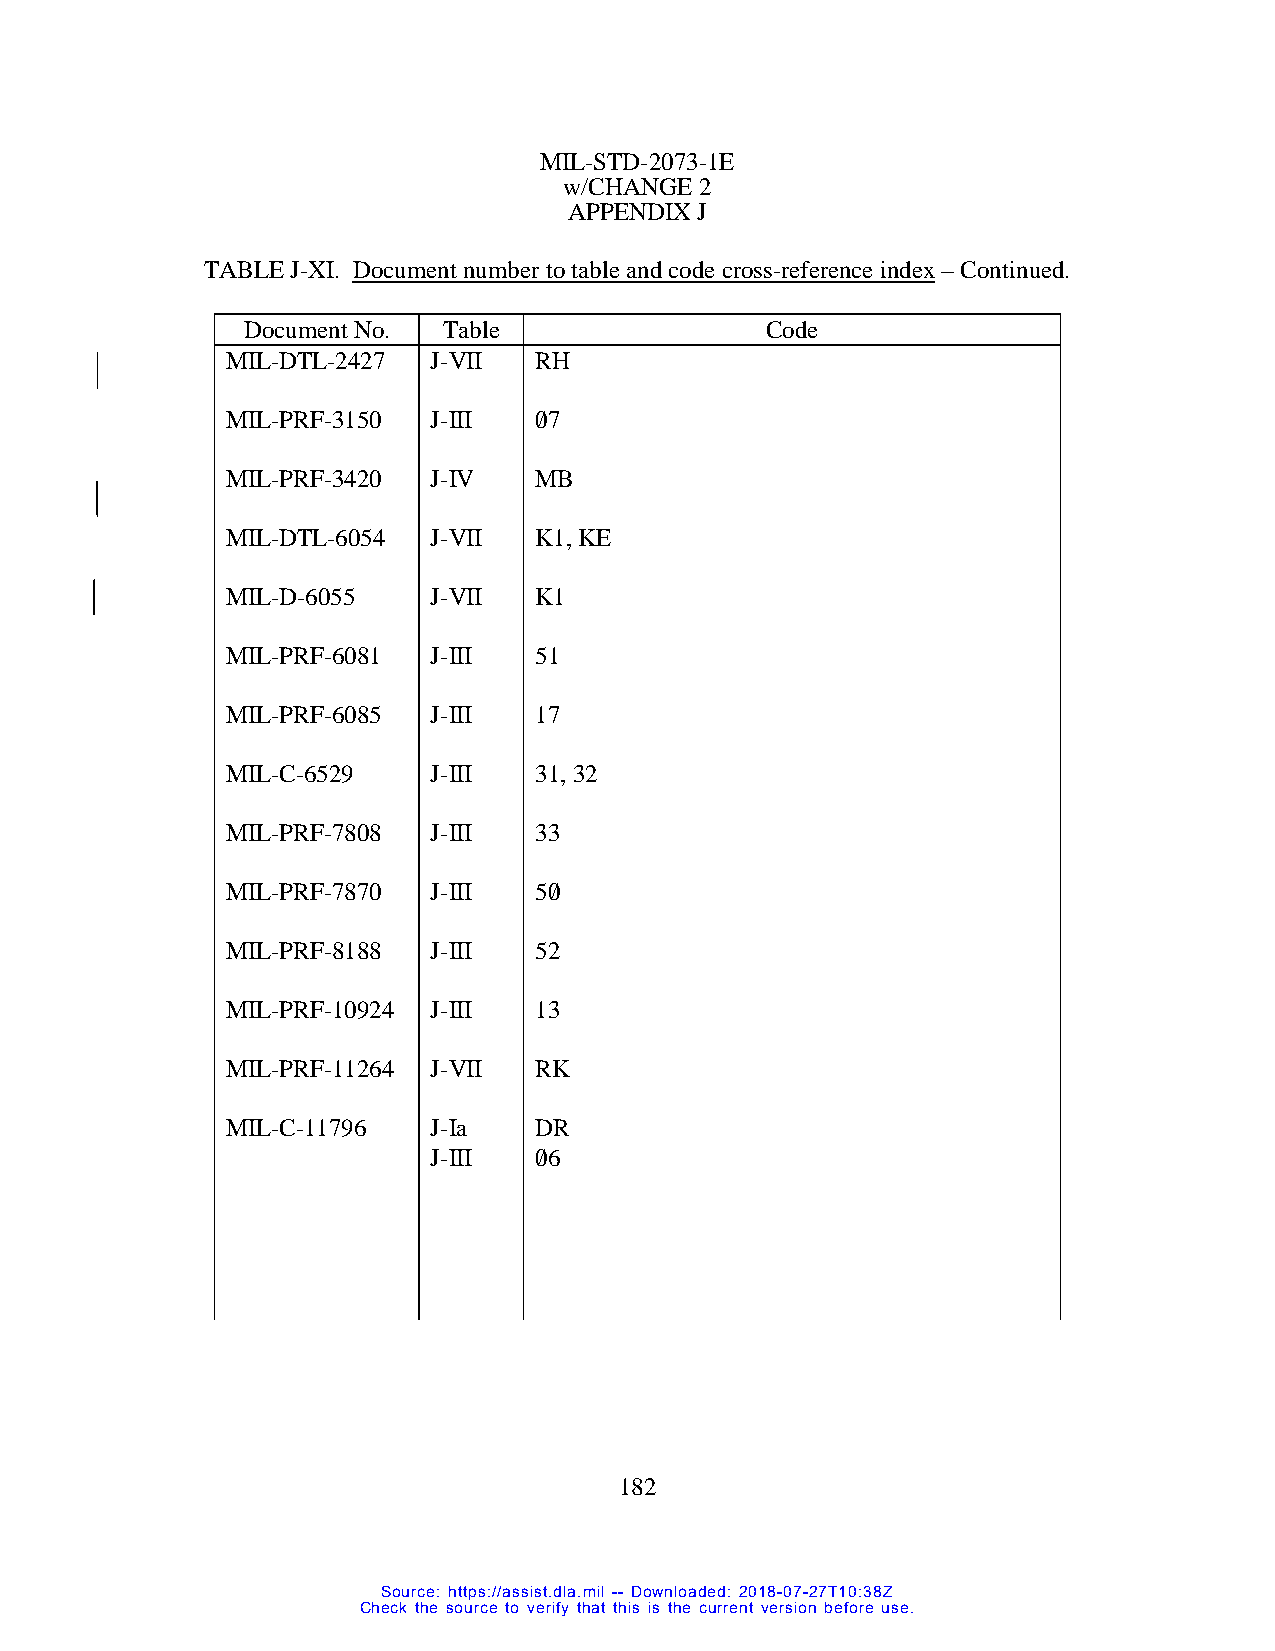
MIL-STD-2073-1E
 w/CHANGE 2
 APPENDIX J
 TABLE J-XI. Document number to table and code cross-reference index – Continued.
 Document No. Table                 Code
 MIL-DTL-2427  J-VII RH
 MIL-PRF-3150  J-III 0/7
 MIL-PRF-3420  J-IV  MB
 MIL-DTL-6054  J-VII K1, KE
 MIL-D-6055    J-VII K1
 MIL-PRF-6081  J-III 51
 MIL-PRF-6085  J-III 17
 MIL-C-6529    J-III 31, 32
 MIL-PRF-7808  J-III 33
 MIL-PRF-7870  J-III 50/
 MIL-PRF-8188  J-III 52
 MIL-PRF-10924 J-III 13
 MIL-PRF-11264 J-VII RK
 MIL-C-11796   J-Ia  DR
 J-III 0/6
 182
 Source: https://assist.dla.mil -- Downloaded: 2018-07-27T10:38Z
 Check the source to verify that this is the current version before use.